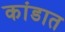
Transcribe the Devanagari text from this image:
कांडात